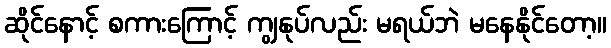
ဆိုင်နောင့် စကားကြောင့် ကျွနုပ်လည်း မရယ်ဘဲ မနေနိုင်တော့။